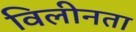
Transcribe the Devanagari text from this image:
विलीनता